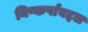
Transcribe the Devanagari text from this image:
निष्कर्षाबद्दल